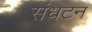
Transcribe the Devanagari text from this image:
संधटन